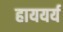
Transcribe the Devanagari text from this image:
हाययर्य